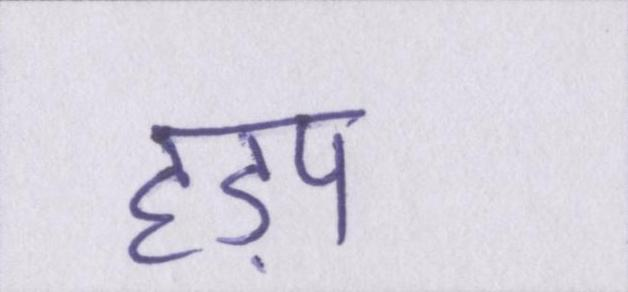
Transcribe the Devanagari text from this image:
हड़प